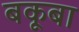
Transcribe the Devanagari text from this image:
बकूबा